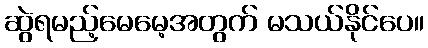
ဆွဲရမည့်မေမေ့အတွက် မသယ်နိုင်ပေ။